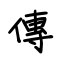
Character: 傳